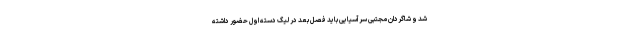
شد و شاگردان مجتبی سرآسیایی باید فصل بعد در لیگ دسته اول حضور داشته